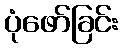
ပုံဖော်ခြင်း